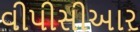
વીપીસીઆર